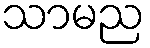
သာမည